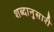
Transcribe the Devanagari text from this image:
शब्दानुसारी